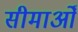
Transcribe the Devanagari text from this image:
सीमाओँ